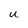
Character: u